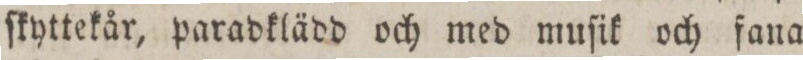
ſkyttekår, paradkläddd och med muſik och fana